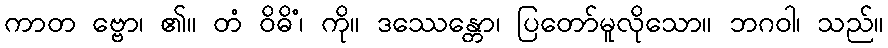
ကာတ ဗ္ဗော၊ ၏။ တံ ဝိဓိံ၊ ကို။ ဒဿေန္တော၊ ပြတော်မူလိုသော။ ဘဂဝါ၊ သည်။